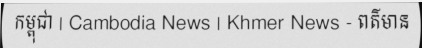
កម្ពុជា | Cambodia News | Khmer News - ពត៌មាន